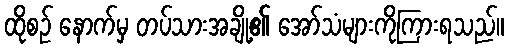
ထိုစဉ် နောက်မှ တပ်သားအချို့၏ အော်သံများကိုကြားရသည်။